Civil Veterinary Department. Central Provinces & Berar 1925-31 - 1925-1931
Year: 1925
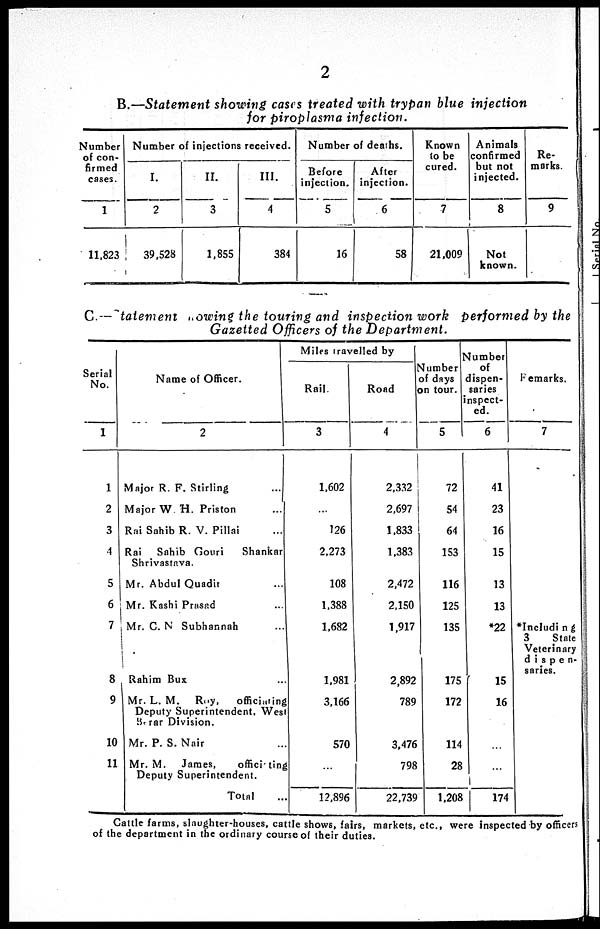
2
B.—Statement showing cases treated with trypan blue injection
for piroplasma infection.
Number
of con-
firmed
cases.
1
11,823
Number of injections received.
I.
2
39,528
II.
3
1.855
III.
4
384
Number of deaths.
Before
injection.
5
16
After
injection.
6
58
Known
to be
cured.
7
21.009
Animals
confirmed
but not
injected.
8
Not
known.
Re-
marks.
9
C.— Statement showing the during and inspection work performed by the
Gazetted Officers of the Department.
Serial
No.
1
1
2
3
4
5
6
7
8
9
10
11
Name of Officer.
2
Major R. F. Stirling ...
Major W. H. Priston ...
Rai Sahib R. V. Pillai ...
Rai
Sahib Gouri
Shankar
Shrivastava.
Mr. Abdul Quadh ...
Mr. Kashi Prasad ...
Mr. C. N Subhannah ...
Rahim Bux ...
Mr. L. M.
Roy,
officiating
Deputy Superintendent, West
Berar Division.
Mr. P. S. Nair ...
Mr. M.
James,
officiating
Deputy Superintendent.
Total ...
Miles travelled by
Rail.
3
1,602
...
126
2,273
108
1,388
1,682
1.981
3,166
570
...
12,896
Road
4
2,332
2,697
1,833
1,383
2,472
2,150
1,917
2,892
789
3,476
798
22,739
Number
of days
on tour.
5
72
54
64
153
116
125
135
175
172
114
28
1,208
Number
of
dispen-
saries
inspect-
ed.
6
41
23
16
15
13
13
*22
15
16
...
...
174
Remarks.
7
*Including
3
State
Veterinary
dispen-
saries.
Cattle farms, slaughter-houses, cattle shows, fairs, markets, etc., were inspected by officers
of the department in the ordinary course of their duties.